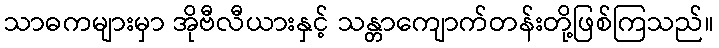
သာဓကများမှာ အိုဗီလီယားနှင့် သန္တာကျောက်တန်းတို့ဖြစ်ကြသည်။